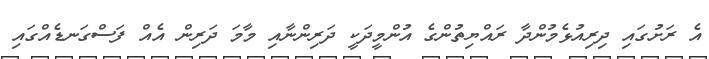
އެ ރަށުގައި ދިރިއުޅެމުންދާ ރައްޔިތުންގެ އުންމީދަކީ ދަރިންނާއި މާމަ ދަރިން އެއް ފަސްގަނޑެއްގައި